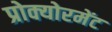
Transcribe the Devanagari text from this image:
प्रोक्योरमेंट